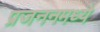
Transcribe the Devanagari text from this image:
प्रजननमध्ये